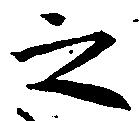
之